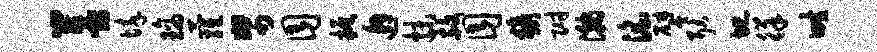
菩悴璃萝帑囿振邂抹赦囿猿附瀚淫譬耿圮徉畦